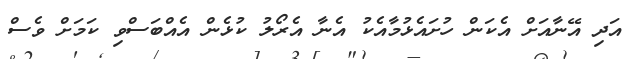
އަދި އޭނާއަށް އެކަން ހުށައެޅުމާއެކު އެނާ އެރޯލު ކުޅެން އެއްބަސްވި ކަމަށް ވެސް